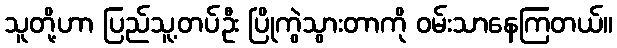
သူတို့ဟာ ပြည်သူ့တပ်ဦး ပြိုကွဲသွားတာကို ဝမ်းသာနေကြတယ်။